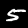
Label: 5